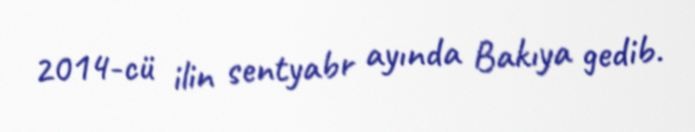
2014-cü ilin sentyabr ayında Bakıya gedib.